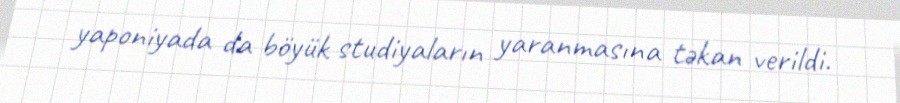
yaponiyada da böyük studiyaların yaranmasına təkan verildi.